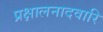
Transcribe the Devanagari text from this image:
प्रक्षालनादवारि